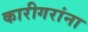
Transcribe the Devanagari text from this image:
कारीगरांना